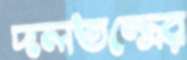
দলতন্ত্রের